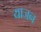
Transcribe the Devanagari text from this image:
याजन